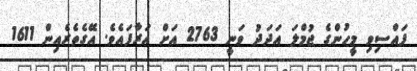
ފައްސިވި މީހުންގެ ޖުމްލަ އަދަދު ވަނީ 2763 އަށް އަރާފައެވެ. އޭގެތެރެއިން 1611